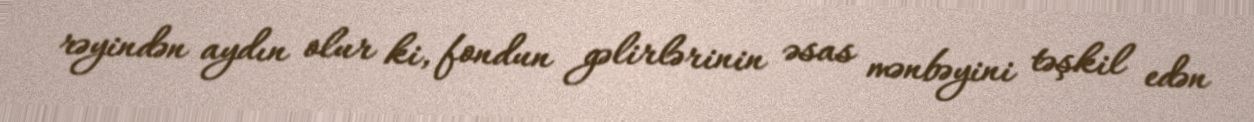
rəyindən aydın olur ki, fondun gəlirlərinin əsas mənbəyini təşkil edən